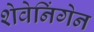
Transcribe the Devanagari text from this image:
शेवेनिंगेन